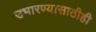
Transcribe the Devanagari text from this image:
उभारण्यासाठीही